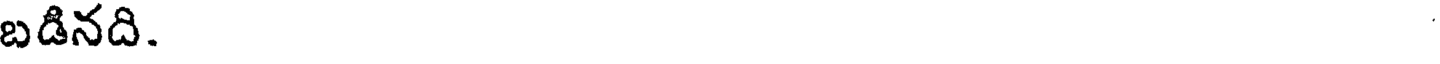
బడినది.